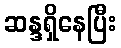
ဆန္ဒရှိနေပြီး